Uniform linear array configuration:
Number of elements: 16
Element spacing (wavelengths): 1
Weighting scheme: cosine
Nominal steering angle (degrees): -60
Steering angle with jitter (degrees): -58.852
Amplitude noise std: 0.05
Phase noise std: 0.05

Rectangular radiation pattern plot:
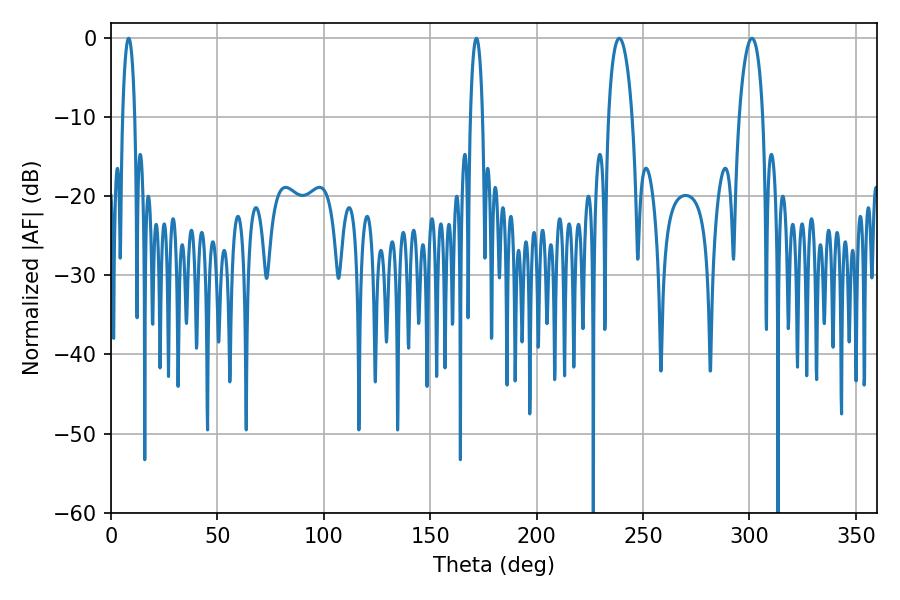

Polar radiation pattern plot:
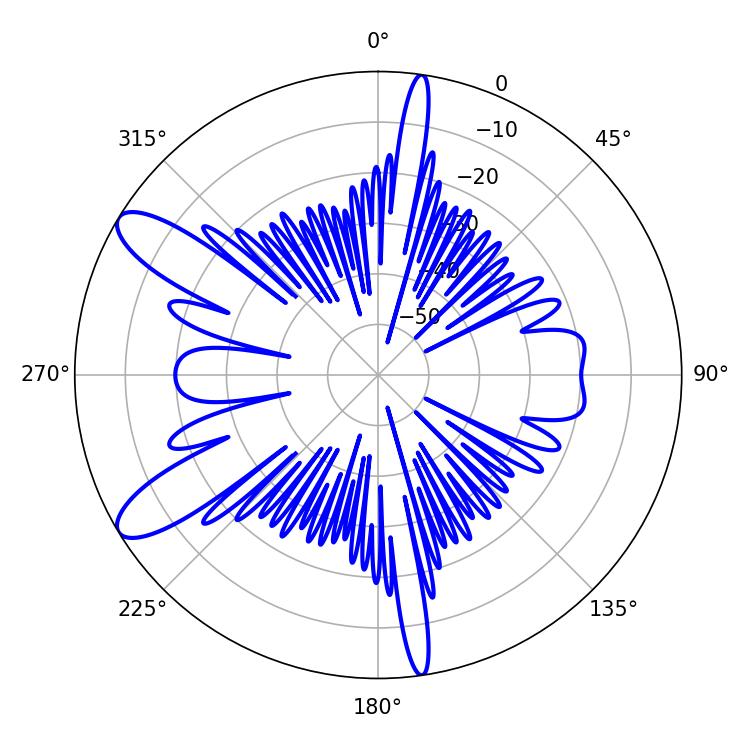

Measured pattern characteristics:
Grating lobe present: TRUE
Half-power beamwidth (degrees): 6.3
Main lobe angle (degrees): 238.86